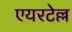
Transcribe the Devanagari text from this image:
एयरटेल्ल